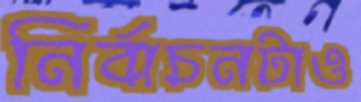
নির্বাচনটাও